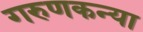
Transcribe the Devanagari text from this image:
गरुणकन्या